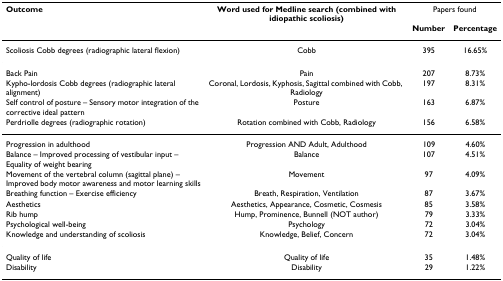
<table><thead><tr><td><b>Outcome</b></td><td><b>Word used for Medline search (combined with idiopathic scoliosis)</b></td><td colspan="2"><b>Papers found</b></td></tr><tr><td></td><td></td><td><b>Number</b></td><td><b>Percentage</b></td></tr></thead><tbody><tr><td>Scoliosis Cobb degrees (radiographic lateral flexion)</td><td>Cobb</td><td>395</td><td>16.65%</td></tr><tr><td>Back Pain</td><td>Pain</td><td>207</td><td>8.73%</td></tr><tr><td>Kypho-lordosis Cobb degrees (radiographic lateral alignment)</td><td>Coronal, Lordosis, Kyphosis, Sagittal combined with Cobb, Radiology</td><td>197</td><td>8.31%</td></tr><tr><td>Self control of posture – Sensory motor integration of the corrective ideal pattern</td><td>Posture</td><td>163</td><td>6.87%</td></tr><tr><td>Perdriolle degrees (radiographic rotation)</td><td>Rotation combined with Cobb, Radiology</td><td>156</td><td>6.58%</td></tr><tr><td>Progression in adulthood</td><td>Progression AND Adult, Adulthood</td><td>109</td><td>4.60%</td></tr><tr><td>Balance – Improved processing of vestibular input – Equality of weight bearing</td><td>Balance</td><td>107</td><td>4.51%</td></tr><tr><td>Movement of the vertebral column (sagittal plane) – Improved body motor awareness and motor learning skills</td><td>Movement</td><td>97</td><td>4.09%</td></tr><tr><td>Breathing function – Exercise efficiency</td><td>Breath, Respiration, Ventilation</td><td>87</td><td>3.67%</td></tr><tr><td>Aesthetics</td><td>Aesthetics, Appearance, Cosmetic, Cosmesis</td><td>85</td><td>3.58%</td></tr><tr><td>Rib hump</td><td>Hump, Prominence, Bunnell (NOT author)</td><td>79</td><td>3.33%</td></tr><tr><td>Psychological well-being</td><td>Psychology</td><td>72</td><td>3.04%</td></tr><tr><td>Knowledge and understanding of scoliosis</td><td>Knowledge, Belief, Concern</td><td>72</td><td>3.04%</td></tr><tr><td>Quality of life</td><td>Quality of life</td><td>35</td><td>1.48%</td></tr><tr><td>Disability</td><td>Disability</td><td>29</td><td>1.22%</td></tr></tbody></table>